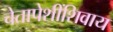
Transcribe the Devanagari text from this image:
चेतापेशींशिवाय